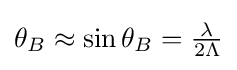
\theta _{B}\approx \sin \theta _{B}={\tfrac {\lambda }{2\Lambda }}